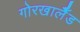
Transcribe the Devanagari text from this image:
गोरखालैँड